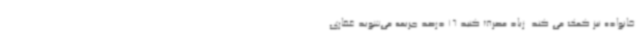
خانواده نیز کمک می کند. زیاد مصرف کنید 16 درصد جریمه می‌شوید غفاری